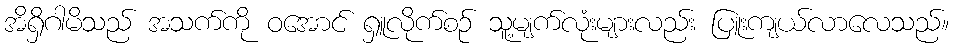
အိရှိဂါမိသည် အသက်ကို ဝအောင် ရှူလိုက်စဉ် သူ့မျက်လုံးများလည်း ပြူးကျယ်လာလေသည်။